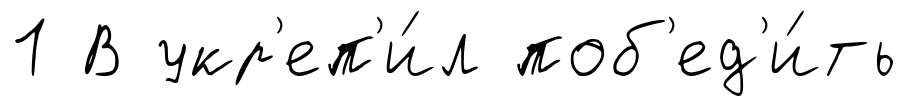
1 В укр'еп'и́л поб'ед'и́ть